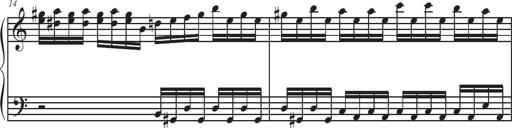
Title: Sonatina Espania
Composer: Jerald Franklin Archer
Key: Various